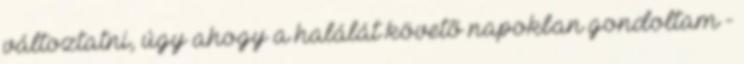
változtatni, úgy ahogy a halálát követõ napokban gondoltam -